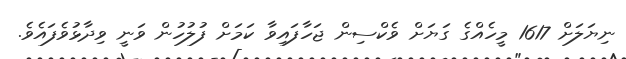
ނިޔަލަށް 1617 މީހެއްގެ ގަޔަށް ވެކްސިން ޖަހާފައިވާ ކަމަށް ފުލުހުން ވަނީ ވިދާޅުވެފައެވެ.